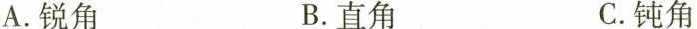
A.锐角 B.直角 C.钝角